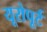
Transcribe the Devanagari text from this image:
यूरोपूर्ट